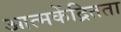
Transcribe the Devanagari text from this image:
आत्मकेंद्रितता